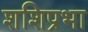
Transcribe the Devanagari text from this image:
शशिप्रभा